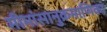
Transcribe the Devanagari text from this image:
मीमांसानुक्रमाणिका